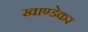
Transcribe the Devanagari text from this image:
खाण्डेकर